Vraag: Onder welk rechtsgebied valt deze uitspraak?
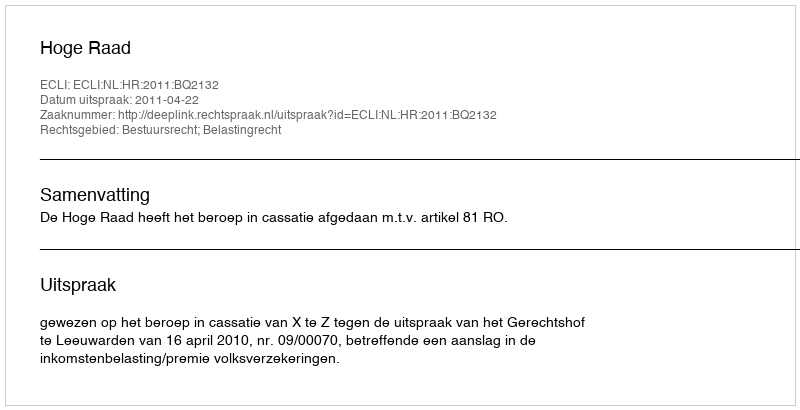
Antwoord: Bestuursrecht; Belastingrecht